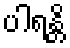
ပါရန္တိ